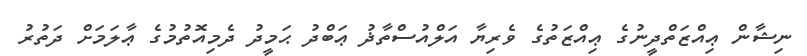
ނިޝާން ޢިއްޒަތްދީނުގެ ޢިއްޒަތުގެ ވެރިޔާ އަލްއުސްތާޛު ޢަބްދު ޙަމީދު ދެމިއޮތުމުގެ ޢާލަމަށް ދަތުރު